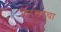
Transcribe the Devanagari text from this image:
विरक्ताचा